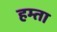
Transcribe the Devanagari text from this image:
हम्ता